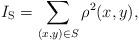
LaTeX: \begin{align*}I_\mathrm{S}=\sum_{(x,y)\in S} \rho^2(x,y),\end{align*}